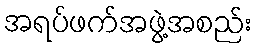
အရပ်ဖက်အဖွဲ့အစည်း